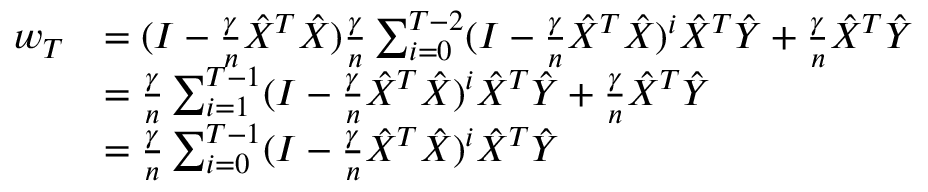
{ \begin{array} { r l } { w _ { T } } & { = ( I - { \frac { \gamma } { n } } { \hat { X } } ^ { T } { \hat { X } } ) { \frac { \gamma } { n } } \sum _ { i = 0 } ^ { T - 2 } ( I - { \frac { \gamma } { n } } { \hat { X } } ^ { T } { \hat { X } } ) ^ { i } { \hat { X } } ^ { T } { \hat { Y } } + { \frac { \gamma } { n } } { \hat { X } } ^ { T } { \hat { Y } } } \\ & { = { \frac { \gamma } { n } } \sum _ { i = 1 } ^ { T - 1 } ( I - { \frac { \gamma } { n } } { \hat { X } } ^ { T } { \hat { X } } ) ^ { i } { \hat { X } } ^ { T } { \hat { Y } } + { \frac { \gamma } { n } } { \hat { X } } ^ { T } { \hat { Y } } } \\ & { = { \frac { \gamma } { n } } \sum _ { i = 0 } ^ { T - 1 } ( I - { \frac { \gamma } { n } } { \hat { X } } ^ { T } { \hat { X } } ) ^ { i } { \hat { X } } ^ { T } { \hat { Y } } } \end{array} }